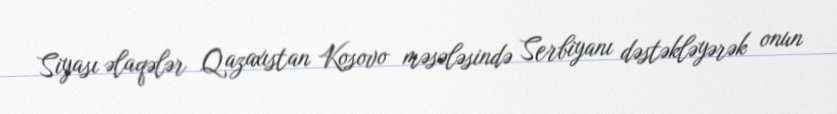
Siyası əlaqələr Qazaxıstan Kosovo məsələsində Serbiyanı dəstəkləyərək onun